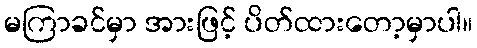
မကြာခင်မှာ အားဖြင့် ပိတ်ထားတော့မှာပါ။